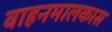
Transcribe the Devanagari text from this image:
वाहनमालकास